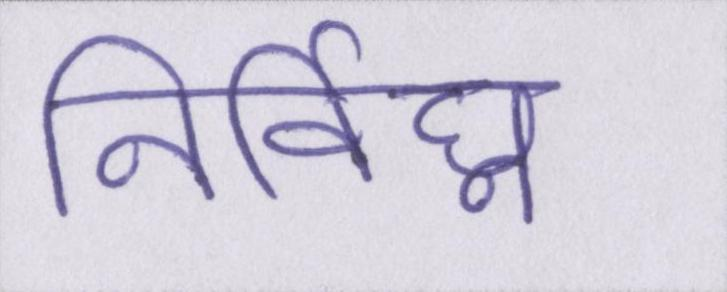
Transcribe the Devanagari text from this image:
निर्विघ्न